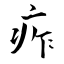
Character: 痄